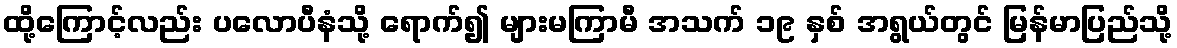
ထို့ကြောင့်လည်း ပလောပီနံသို့ ရောက်၍ များမကြာမီ အသက် ၁၉ နှစ် အရွယ်တွင် မြန်မာပြည်သို့